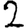
Digit: 2